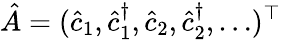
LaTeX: \hat{A}=(\hat{c}_{1},\hat{c}_{1}^{\dagger},\hat{c}_{2},\hat{c}_{2}^{\dagger},\dots)^{\top}